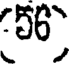
56